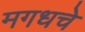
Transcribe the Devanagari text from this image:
मगधचे